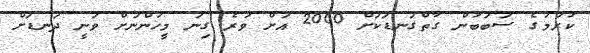
ކުރުމުގެ ސަބަބުން ގާތްގަނޑަކަށް 2000 އަށް ވުރެ ގިނަ މީހުންނަށް ވަނީ ދަނޑަށް